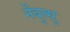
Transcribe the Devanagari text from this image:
नेंबुत्सु